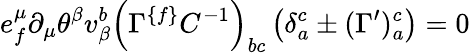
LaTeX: e_{{f}}^{\mu}\partial_{\mu}\theta^{\beta}v_{\beta}^{{b}}\left(\Gamma^{\{ {f\} }}C^{-{1}}\right)_{{bc}}\left(\delta_{{a}}^{{c}}\pm(\Gamma^{\prime})_{{a}}^{{c}}\right)=0